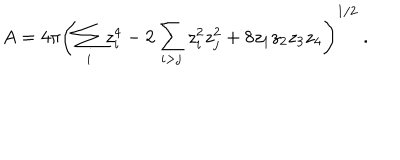
A = 4 \pi \left( { \sum _ { i } z _ { i } ^ { 4 } - 2 \sum _ { i > j } z _ { i } ^ { 2 } z _ { j } ^ { 2 } + 8 z _ { 1 } z _ { 2 } z _ { 3 } z _ { 4 } } \right) ^ { 1 / 2 } \ .